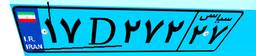
۹۶D۰۹۶۶۳